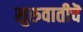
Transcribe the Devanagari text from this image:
सुरुवातीचॆ